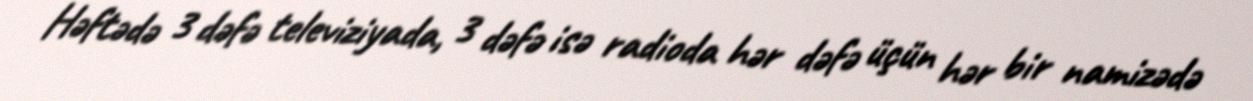
Həftədə 3 dəfə televiziyada, 3 dəfə isə radioda hər dəfə üçün hər bir namizədə